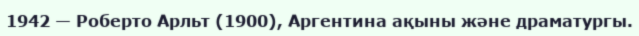
1942 — Роберто Арльт (1900), Аргентина ақыны және драматургы.